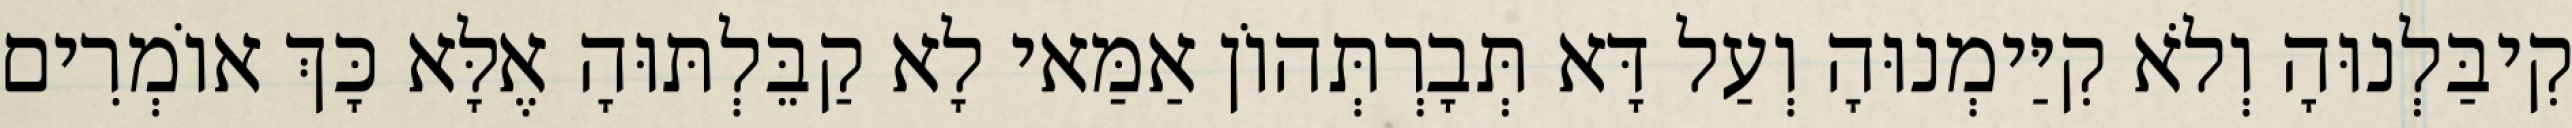
קִיבַּלְנוּהָ וְלֹא קִיַּימְנוּהָ וְעַל דָּא תְּבָרְתְּהוֹן אַמַּאי לָא קַבֵּלְתּוּהָ אֶלָּא כָּךְ אוֹמְרִים